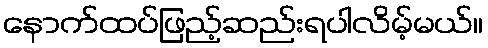
နောက်ထပ်ဖြည့်ဆည်းရပါလိမ့်မယ်။